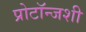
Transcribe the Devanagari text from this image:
प्रोटॉन्जशी